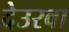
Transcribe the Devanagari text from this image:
देउरवा